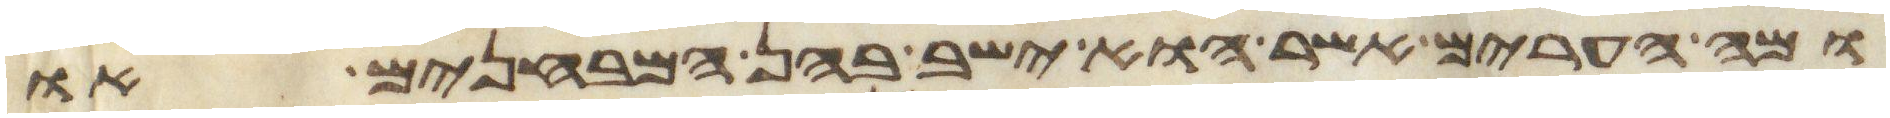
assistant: ומה הערים אשר הוא ישב בהן המבחנים או